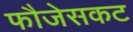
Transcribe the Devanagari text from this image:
फौजेसकट